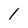
Character: 1